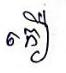
កឿ